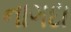
નાગદા